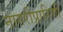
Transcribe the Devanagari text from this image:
नागरीप्रारिणी